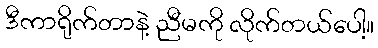
ဒီကာရိုက်တာနဲ့ ညီမကို လိုက်တယ်ပေါ့။